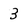
Character: 3